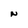
Character: N